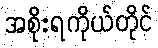
အစိုးရကိုယ်တိုင်